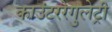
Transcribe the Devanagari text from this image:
काउंटररेगुलेट्री